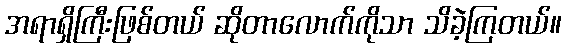
အရာရှိကြီးဖြစ်တယ် ဆိုတာလောက်ကိုသာ သိခဲ့ကြတယ်။